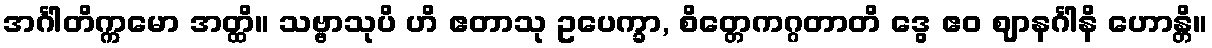
အင်္ဂါတိက္ကမော အတ္ထိ။ သဗ္ဗာသုပိ ဟိ ဧတာသု ဥပေက္ခာ, စိတ္တေကဂ္ဂတာတိ ဒွေ ဧဝ ဈာနင်္ဂါနိ ဟောန္တိ။